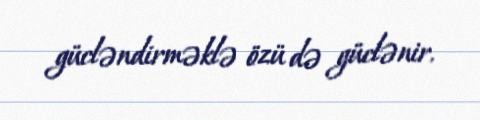
gücləndirməklə özü də güclənir.